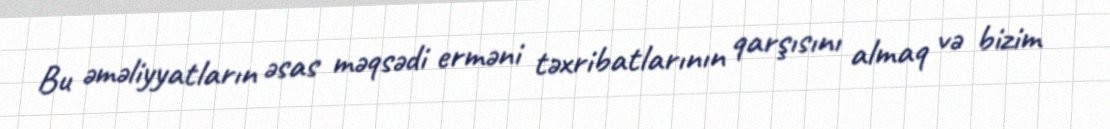
Bu əməliyyatların əsas məqsədi erməni təxribatlarının qarşısını almaq və bizim